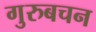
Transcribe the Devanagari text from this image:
गुरुबचन